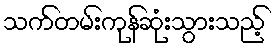
သက်တမ်းကုန်ဆုံးသွားသည့်